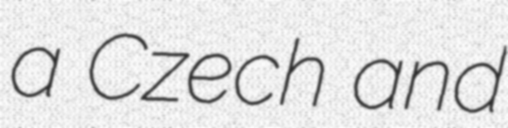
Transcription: a Czech and